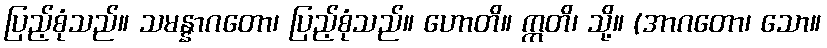
ပြည့်စုံသည်။ သမန္နာဂတော၊ ပြည့်စုံသည်။ ဟောတိ။ ဣတိ၊ သို့။ (အာဂတော၊ သော။